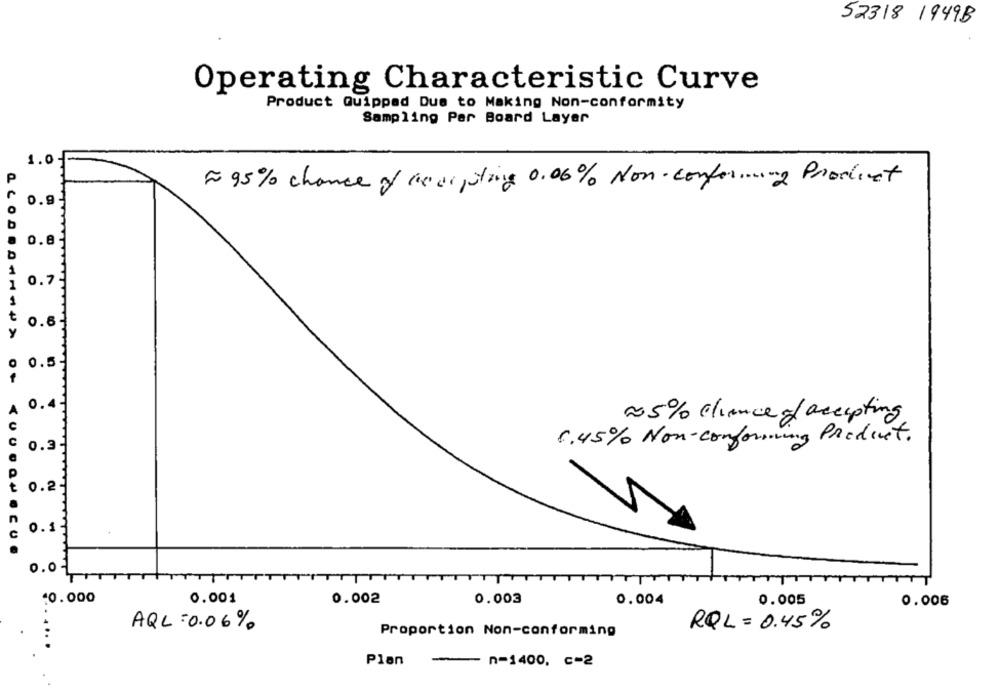
52318 1949B
Operating Characteristic Curve
Product Quipped Due to Making Non-conformity
Sampling Par Board Layer
1.0
P
~ 95% chance of Gearpling 0.06% Non conforming Product
0.9
b
0.8
1
1
O
O
Y
0.5
-
0.4
1.5% chance of accepting
C
C
6.45% Non-conforming Product.
0.3
t
0.2
. C
0.1
U
0.0
10.000
0.001
0.002
0.003
0.004
0.005
0.006
AQL : 0.06%
RQL = 0.45%
Proportion Non-conforming
..
Plan
-
n-1400, c-2